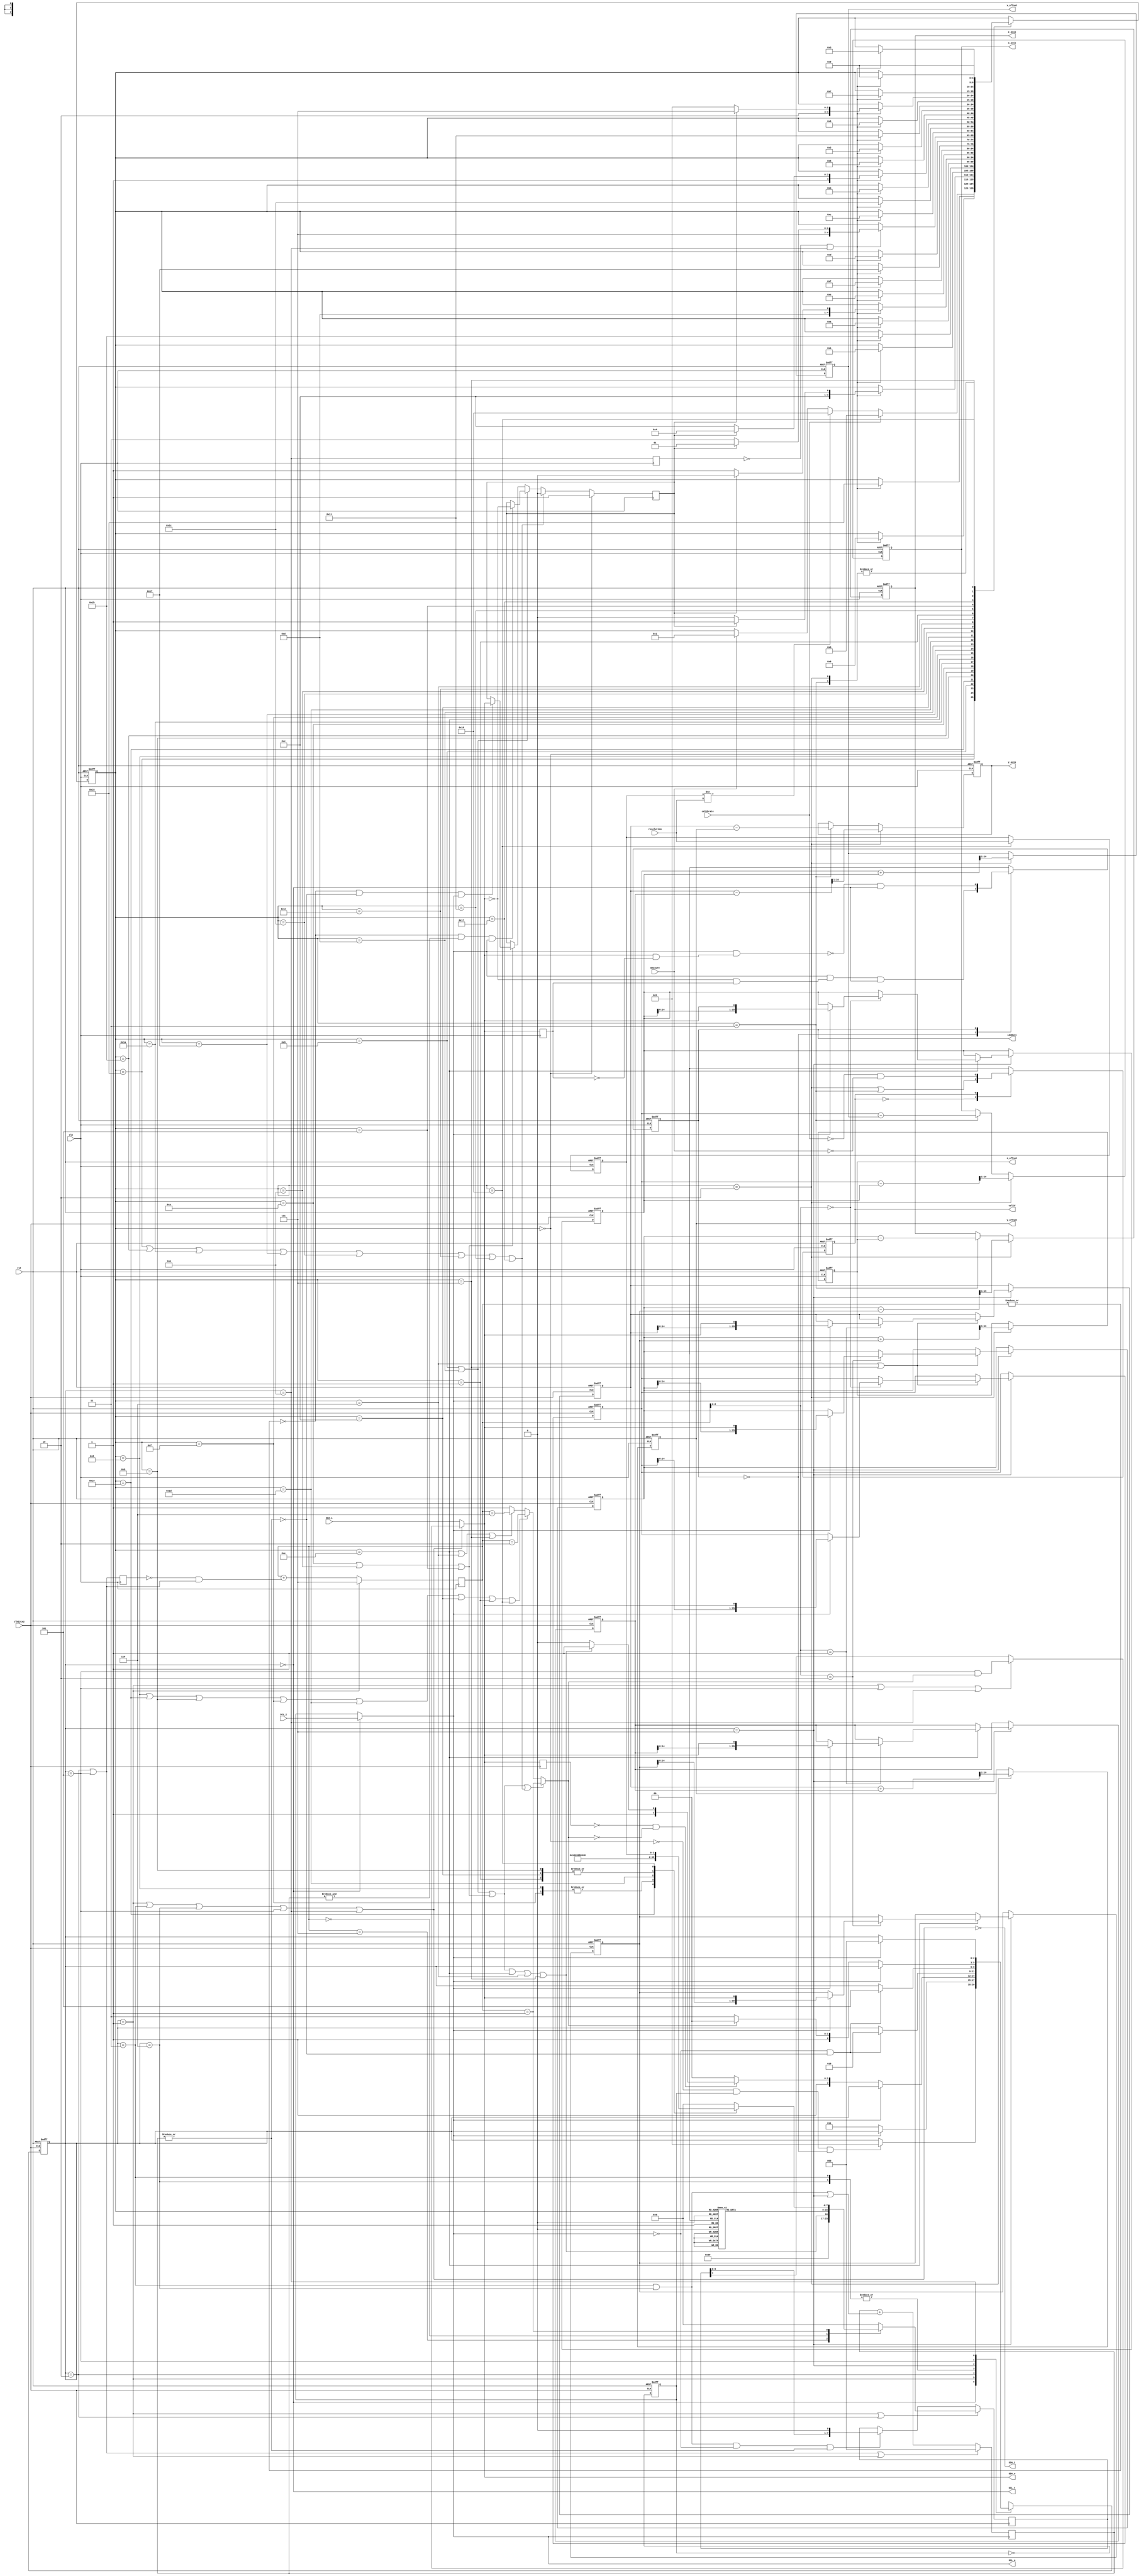
/* ------------------------------------------------ *
 * Title       : Pmod CMPS2 interface v1.0          *
 * Project     : Pmod Collection                    *
 * ------------------------------------------------ *
 * Last Edit   : 05/12/2021                         *
 * Licence     : CERN-OHL-W                         *
 * ------------------------------------------------ *
 * Description : Simple interface to communicate    *
 *               with Pmod CMPS2                    *
 * ------------------------------------------------ */

module cmps2(
  input clk,
  input rst,
  input clkI2Cx2, //!max 800 kHz
  //I2C pins
  input  SCL_i,
  output SCL_o,
  output SCL_t,
  input  SDA_i,
  output SDA_o,
  output SDA_t,
  //Measurement results
  output reg [15:0] x_axis,
  output reg [15:0] y_axis,
  output reg [15:0] z_axis,
  //Configs
  input [1:0] resolution,
  output reg [15:0] x_offset,
  output reg [15:0] y_offset,
  output reg [15:0] z_offset,
  //Control
  input calibrate,
  input measure,
  //Status
  output reg i2cBusy,
  output reg valid);
  localparam i2c_ADDRESS = 7'b0110000;
  //Important register addresses
  localparam DATA_REG = 8'h0, //to 8'h5
           STATUS_REG = 8'h6,
         CONTROL0_REG = 8'h7,
         CONTROL1_REG = 8'h8;
  //Register contents for control reg 0
  localparam cntr0_SET = 8'b0010_0000,
           cntr0_RESET = 8'b0100_0000,
          cntr0_REFILL = 8'b1000_0000,
         cntr0_MEASURE = 8'b0000_0001;
  //States 
  localparam  STANDBY = 5'b00000, //0x0
        //Calibrate + get new measurements
          //Get mesurement in reset state
          RSET_REFILL = 5'b01000, //0x8, write to cntr0
         RSET_A_STAT0 = 5'b11000, //0x18, addrs to stat
            RSET_WAIT = 5'b01001, //0x9, poll status
                 RSET = 5'b11001, //0x19, write to cntr0
            RSET_MEAS = 5'b01011, //0xB, write to cntr0
         RSET_A_STAT1 = 5'b11011, //0x1B, addrs to stat
            RSET_POLL = 5'b01010, //0xA, poll status
          RSET_A_DATA = 5'b11010, //0x1A, addrs to data
            RSET_READ = 5'b01110, //0xE, read data
          //Get mesurement in set state
           SET_REFILL = 5'b01111, //0xF, write to cntr0
          SET_A_STAT0 = 5'b11111, //0x1F, addrs to stat
             SET_WAIT = 5'b01101, //0xD, poll status
                  SET = 5'b11101, //0x1D, write to cntr0
             SET_MEAS = 5'b01100, //0xC, write to cntr0
          SET_A_STAT1 = 5'b11100, //0x1C, addrs to stat
             SET_POLL = 5'b00100, //0x4, poll status
           SET_A_DATA = 5'b10100, //0x14, addrs to data
             SET_READ = 5'b00110, //0x6, read data
            //Calculate offset and data
            CALIBRATE = 5'b00010, //0x2, no i2c
        //get new measurements using already calculated offset
              MEASURE = 5'b00001, //0x1, write to cntr0
              STAT_AD = 5'b10001, //0x11, addrs to stat
                 POLL = 5'b00101, //0x5, poll status
              DATA_AD = 5'b10111, //0x17, addrs to data
                 READ = 5'b00111, //0x7, read data
            CALCULATE = 5'b00011, //0x3, no i2c
            CH_RESLTN = 5'b10000; //0x10, write to cntr1
  reg [4:0] state;
  wire inI2Cstate;
  wire inStandby, inRRefill, inRAddrS0, inRWait, inRSet, inRMeasure, inRAddrS1, inRPoll, inRAddrData, inRRead, inSResfill, inSAddrS0, inSWait, inSet, inSMeasure, inSPoll, inSRead, inCalibrate, inMeasure, inAddrStat, inPoll, inAddrData, inRead, inCalculate, inChRes;
  wire ptr_write_state, poll_state, reg_write_state, data_read_state, poll_pump, poll_result;
  //I2C States
  localparam I2C_READY = 3'b000,
             I2C_START = 3'b001,
             I2C_ADDRS = 3'b011,
             I2C_WRITE = 3'b110,
         I2C_WRITE_ACK = 3'b010,
              I2C_READ = 3'b111,
          I2C_READ_ACK = 3'b101,
              I2C_STOP = 3'b100;
  //I2C state & I2C state control
  reg [2:0] I2C_state;
  wire I2C_done;
  wire I2CinReady, I2CinStart, I2CinAddrs, I2CinWrite, I2CinWriteAck, I2CinRead, I2CinReadAck, I2CinStop, I2CinAck;
  reg I2CinAck_d, I2CinStop_d, SDA_d_i2c;
  wire read_nwrite;
  //Delay I2C signals, finding edges and conditions
  reg SDA_d;
  wire startCondition, stopCondition; //I2C conditions
  wire SDA_negedge, SDA_posedge;
  //I2C send buffer
  reg [7:0] send_buffer, send_buffer_write;
  wire send_upload, send_shift; 
  //Transmisson counters
  reg [2:0] byteCounter;
  reg [2:0] bitCounter;
  reg byteCountDone;
  wire bitCountDone;
  wire byteCountUp;
  //Generate I2C signals with tri-state
  wire SDA, SCL;
  reg SCLK; //Internal I2C clock, always thicks
  wire SCL_claim;
  wire SDA_claim;
  wire SDA_write;
  //Measurement results in modes
  reg [15:0] x_set, x_reset;
  reg [15:0] y_set, y_reset;
  reg [15:0] z_set, z_reset;
  //Middle calculations
  wire [16:0] x_offset_x2, y_offset_x2, z_offset_x2;
  wire [16:0] x_axis_x2, y_axis_x2, z_axis_x2;
  //Flags
  reg sensor_ready;
  wire ch_res;
  reg [1:0] res;

  //Control signals/flags
  assign I2C_done = ~I2CinStop_d & I2CinStop;
  assign read_nwrite = poll_state | inRRead | inSRead | inRead;
  assign inI2Cstate = ~inStandby;
  assign ch_res = (res != resolution);
  always@(posedge clk) begin
    if(inStandby)
      sensor_ready <= 1'b1;
    else if(ptr_write_state)
      sensor_ready <= 1'b0;
    else if(poll_pump)
      sensor_ready <= (~|byteCounter & &bitCounter & SCL) ? ~SDA : sensor_ready;
    else if(poll_result)
      sensor_ready <= (~|byteCounter & bitCountDone & SCL) ? SDA : sensor_ready;
  end
  always@(posedge clk or posedge rst)
    if(rst) begin
      valid <= 1'b0;
    end else begin
      case(valid)
        1'b0: valid <= inCalibrate | inCalculate;
        1'b1: valid <= ~calibrate & ~measure;
      endcase
    end

  //Decode States
  assign inStandby   = (state == STANDBY);
  assign inRRefill   = (state == RSET_REFILL);
  assign inRAddrS0   = (state == RSET_A_STAT0);
  assign inRWait     = (state == RSET_WAIT);
  assign inRSet      = (state == RSET);
  assign inRMeasure  = (state == RSET_MEAS);
  assign inRAddrS1   = (state == RSET_A_STAT1);
  assign inRPoll     = (state == RSET_POLL);
  assign inRAddrData = (state == RSET_A_DATA);
  assign inRRead     = (state == RSET_READ);
  assign inSResfill  = (state == SET_REFILL);
  assign inSAddrS0   = (state == SET_A_STAT0);
  assign inSWait     = (state == SET_WAIT);
  assign inSet       = (state == SET);
  assign inSMeasure  = (state == SET_MEAS);
  assign inSAddrS1   = (state == SET_A_STAT1);
  assign inSPoll     = (state == SET_POLL);
  assign inSAddrData = (state == SET_A_DATA);
  assign inSRead     = (state == SET_READ);
  assign inCalibrate = (state == CALIBRATE);
  assign inMeasure   = (state == MEASURE);
  assign inAddrStat  = (state == STAT_AD);
  assign inPoll      = (state == POLL);
  assign inAddrData  = (state == DATA_AD);
  assign inRead      = (state == READ);
  assign inCalculate = (state == CALCULATE);
  assign inChRes     = (state == CH_RESLTN);

  //State derived signals
  assign ptr_write_state = inRAddrS0 | inRAddrS1 | inRAddrData | inSAddrS0 | inSAddrS1 | inSAddrData | inAddrStat | inAddrData;
  assign poll_state = poll_pump | poll_result;
  assign poll_result = inRPoll | inSPoll | inPoll;
  assign poll_pump = inRWait |  inSWait;
  assign reg_write_state = inRRefill | inRSet | inRMeasure | inSResfill | inSet | inSMeasure | inMeasure | inChRes;
  assign data_read_state = inRRead | inSRead | inRead;

  //Decode I2C state
  assign     I2CinRead = (I2C_state == I2C_READ);
  assign     I2CinStop = (I2C_state == I2C_STOP);
  assign    I2CinReady = (I2C_state == I2C_READY);
  assign    I2CinStart = (I2C_state == I2C_START);
  assign    I2CinAddrs = (I2C_state == I2C_ADDRS);
  assign    I2CinWrite = (I2C_state == I2C_WRITE);
  assign  I2CinReadAck = (I2C_state == I2C_READ_ACK);
  assign I2CinWriteAck = (I2C_state == I2C_WRITE_ACK);
  assign      I2CinAck = I2CinWriteAck | I2CinReadAck;

  //Tri-state control for I2C lines
  assign SCL = (SCL_claim) ?    SCLK   : SCL_i;
  assign SDA = (SDA_claim) ? SDA_write : SDA_i;
  assign SCL_o = SCL;
  assign SDA_o = SDA;
  assign SCL_claim = ~I2CinReady;
  assign SDA_claim = I2CinStart | I2CinAddrs | I2CinWrite | I2CinReadAck | I2CinStop;
  assign SDA_write = (I2CinStart | I2CinReadAck | I2CinStop) ? (I2CinReadAck & byteCountDone) : send_buffer[7];
  assign SCL_t = ~SCL_claim;
  assign SDA_t = ~SDA_claim;

  //Calculate offset
  assign x_offset_x2 = {1'b0,x_set} + {1'b0,x_reset};
  assign y_offset_x2 = {1'b0,y_set} + {1'b0,y_reset};
  assign z_offset_x2 = {1'b0,z_set} + {1'b0,z_reset};
  always@(posedge clk or posedge rst) begin
    if(rst) begin
      x_offset <= 16'h0;
      y_offset <= 16'h0;
      z_offset <= 16'h0;
    end else begin
      x_offset <= (inCalibrate) ? x_offset_x2[16:1] : x_offset;
      y_offset <= (inCalibrate) ? y_offset_x2[16:1] : y_offset;
      z_offset <= (inCalibrate) ? z_offset_x2[16:1] : z_offset;
    end
  end
  
  //Calculate measurement results
  assign x_axis_x2 = {1'b0,x_set} - {1'b0,x_reset};
  assign y_axis_x2 = {1'b0,y_set} - {1'b0,y_reset};
  assign z_axis_x2 = {1'b0,z_set} - {1'b0,z_reset};
  always@(posedge clk or posedge rst) begin
    if(rst) begin
      x_axis <= 16'h0;
      y_axis <= 16'h0;
      z_axis <= 16'h0;
    end else begin
      if(inCalibrate) begin
        x_axis <= x_axis_x2[16:1];
        y_axis <= y_axis_x2[16:1];
        z_axis <= z_axis_x2[16:1];
      end else if(inCalculate) begin
        x_axis <= x_set - x_offset;
        y_axis <= y_set - y_offset;
        z_axis <= z_set - z_offset;
      end else begin
        x_axis <= x_axis;
        y_axis <= y_axis;
        z_axis <= z_axis;
      end
    end
  end

  //State transactions
  always@(posedge clk or posedge rst)
    if(rst)
      state <= STANDBY;
    else case(state)
      STANDBY:
        begin
          if(calibrate)
            state <= RSET_REFILL;
          else if(ch_res)
            state <= CH_RESLTN;
          else if(measure)
            state <= MEASURE;
        end
      //Calibration mode, also updates measurement values
      //Reset measurement
      RSET_REFILL: //Write to Internal Control reg 0
        state <= (I2C_done) ? RSET_A_STAT0 : state;
      RSET_A_STAT0:
        state <= (I2C_done) ? RSET_WAIT : state;
      RSET_WAIT: 
        state <= (I2C_done) ? ((sensor_ready) ? RSET : RSET_A_STAT0) : state;
      RSET:
        state <= (I2C_done) ? RSET_MEAS : state;
      RSET_MEAS: 
        state <= (I2C_done) ? RSET_A_STAT1 : state;
      RSET_A_STAT1: 
        state <= (I2C_done) ? RSET_POLL : state;
      RSET_POLL: 
        state <= (I2C_done) ? ((sensor_ready) ? RSET_A_DATA : RSET_A_STAT1) : state;
      RSET_A_DATA: 
        state <= (I2C_done) ? RSET_READ : state;
      RSET_READ: 
        state <= (I2C_done) ? SET_REFILL : state;
      //Set measurement
      SET_REFILL: 
        state <= (I2C_done) ? SET_A_STAT0 : state;
      SET_A_STAT0: 
        state <= (I2C_done) ? SET_WAIT : state;
      SET_WAIT: 
        state <= (I2C_done) ? ((sensor_ready) ? SET : SET_A_STAT0) : state;
      SET: 
        state <= (I2C_done) ? SET_MEAS : state;
      SET_MEAS: 
        state <= (I2C_done) ? SET_A_STAT1 : state;
      SET_A_STAT1: 
        state <= (I2C_done) ? SET_POLL : state;
      SET_POLL: 
        state <= (I2C_done) ? ((sensor_ready) ? SET_A_DATA : SET_A_STAT1) : state;
      SET_A_DATA: 
        state <= (I2C_done) ? SET_READ : state;
      SET_READ: 
        state <= (I2C_done) ? CALIBRATE : state;
      //Calculate all
      CALIBRATE: 
        state <= STANDBY;
      //Normal measurement mode
      MEASURE: 
        state <= (I2C_done) ? STAT_AD : state;
      STAT_AD: 
        state <= (I2C_done) ? POLL : state;
      POLL: 
        state <= (I2C_done) ? ((sensor_ready) ? DATA_AD : STAT_AD) : state;
      DATA_AD: 
        state <= (I2C_done) ? READ : state;
      READ: 
        state <= (I2C_done) ? CALCULATE : state;
      CALCULATE: 
        state <= STANDBY;
      //Change resolution
      CH_RESLTN:
        state <= (I2C_done) ? STANDBY : state;
    endcase

  //I2C state transactions
  always@(negedge clkI2Cx2 or posedge rst)
    if(rst)
        I2C_state <= I2C_READY;
    else case(I2C_state)
      I2C_READY: 
        I2C_state <= (inI2Cstate & SCLK & ~i2cBusy) ? I2C_START : I2C_state;
      I2C_START: 
        I2C_state <= (~SCL) ? I2C_ADDRS : I2C_state;
      I2C_ADDRS: 
        I2C_state <= (~SCL & bitCountDone) ? I2C_WRITE_ACK : I2C_state;
      I2C_WRITE_ACK: 
        I2C_state <= (~SCL) ? ((~SDA_d_i2c & ~byteCountDone) ? ((~read_nwrite) ? I2C_WRITE : I2C_READ): I2C_STOP) : I2C_state;
      I2C_WRITE: 
        I2C_state <= (~SCL & bitCountDone) ? I2C_WRITE_ACK : I2C_state;
      I2C_READ: 
        I2C_state <= (~SCL & bitCountDone) ? I2C_READ_ACK : I2C_state;
      I2C_READ_ACK: 
        I2C_state <= (~SCL) ? ((byteCountDone) ? I2C_STOP : I2C_READ) : I2C_state;
      I2C_STOP: 
        I2C_state <= (SCL) ? I2C_READY : I2C_state;
    endcase
  
  //Raw data from sensor
  always@(negedge clkI2Cx2 or posedge rst) begin
    if(rst) begin
      x_set <= 16'h0;
      x_reset <= 16'h0;
      y_set <= 16'h0;
      y_reset <= 16'h0;
      z_set <= 16'h0;
      z_reset <= 16'h0;
    end else begin
      if(I2CinRead) begin
        if(inRRead) //Reset measurements
          case(byteCounter[2:1])
            2'd0: x_reset <= (SCL) ? {x_reset[14:0], SDA} : x_reset;
            2'd1: y_reset <= (SCL) ? {y_reset[14:0], SDA} : y_reset;
            2'd2: z_reset <= (SCL) ? {z_reset[14:0], SDA} : z_reset;
          endcase
        if(inSRead | inRead) //Set measurements
          case(byteCounter[2:1])
            2'd0: x_set <= (SCL) ? {x_set[14:0], SDA} : x_set;
            2'd1: y_set <= (SCL) ? {y_set[14:0], SDA} : y_set;
            2'd2: z_set <= (SCL) ? {z_set[14:0], SDA} : z_set;
          endcase  
      end 
    end
  end
  
  //Delays
  always@(posedge clk) begin
    SDA_d <= SDA;
    I2CinAck_d <= I2CinAck;
    I2CinStop_d <= I2CinStop;
  end
  always@(negedge clkI2Cx2) begin
    SDA_d_i2c <= SDA;
  end

  //Buffer control
  assign send_upload = I2CinStart | I2CinWriteAck;
  assign send_shift = I2CinAddrs | I2CinWrite;
  always@(negedge clkI2Cx2) begin
    if(send_upload)
      send_buffer <= send_buffer_write;
    else if(send_shift & ~SCL & |bitCounter)
      send_buffer <= {send_buffer << 1};
  end
  always@* //Buffer write
    case(byteCounter)
      3'b111: send_buffer_write = {i2c_ADDRESS, read_nwrite};
      3'd0: //Register address
        case(state)
          //Calib reset
          RSET_REFILL: send_buffer_write = CONTROL0_REG;
          RSET_A_STAT0: send_buffer_write = STATUS_REG;
          RSET: send_buffer_write = CONTROL0_REG;
          RSET_MEAS: send_buffer_write = CONTROL0_REG;
          RSET_A_STAT1: send_buffer_write = STATUS_REG;
          RSET_A_DATA: send_buffer_write = DATA_REG;
          //Calib set
          SET_REFILL: send_buffer_write = CONTROL0_REG;
          SET_A_STAT0: send_buffer_write = STATUS_REG;
          SET: send_buffer_write = CONTROL0_REG;
          SET_MEAS: send_buffer_write = CONTROL0_REG;
          SET_A_STAT1: send_buffer_write = STATUS_REG;
          SET_A_DATA: send_buffer_write = DATA_REG;
          //Normal meas
          MEASURE: send_buffer_write = CONTROL0_REG;
          STAT_AD: send_buffer_write = STATUS_REG;
          DATA_AD: send_buffer_write = DATA_REG;
          //ch res
          CH_RESLTN: send_buffer_write = CONTROL1_REG;
          default: send_buffer_write = 8'h0;
        endcase
      3'd1: //Register content
        case(state)
          //Calib reset
          RSET_REFILL: send_buffer_write = cntr0_REFILL;
          RSET: send_buffer_write = cntr0_RESET;
          RSET_MEAS: send_buffer_write = cntr0_MEASURE;
          //Calib set
          SET_REFILL: send_buffer_write = cntr0_REFILL;
          SET: send_buffer_write = cntr0_SET;
          SET_MEAS: send_buffer_write = cntr0_MEASURE;
          //Normal meas
          MEASURE: send_buffer_write = cntr0_MEASURE;
          //ch res
          CH_RESLTN: send_buffer_write = {6'd0, res};
          default: send_buffer_write = 8'h0;
        endcase
      default: send_buffer_write = 8'h0;
    endcase

  //Listen I2C Bus & cond. gen.
  assign    SDA_negedge  = ~SDA &  SDA_d;
  assign    SDA_posedge  =  SDA & ~SDA_d;
  assign  stopCondition  =  SCL & SDA_posedge;
  assign startCondition  =  SCL & SDA_negedge;

  //bit counter
  assign bitCountDone = ~|bitCounter;
  always@(posedge SCL) begin
    if(I2CinAck|I2CinStart)
      bitCounter <= 3'd0;
    else
      bitCounter <= bitCounter + {2'd0,(I2CinAddrs|I2CinWrite|I2CinRead)};
  end
  
  //byte counter
  assign byteCountUp = ~I2CinAck_d & I2CinAck;
  always@(posedge clk) begin
    if(I2CinStart)
      byteCounter <= 3'b111;
    else
      byteCounter <= byteCounter + {2'd0,byteCountUp};
  end
  always@* begin
    if(poll_state | ptr_write_state)
      byteCountDone = (byteCounter == 3'd1);
    else if(reg_write_state)
      byteCountDone = (byteCounter == 3'd2);
    else if(data_read_state)
      byteCountDone = (byteCounter == 3'd6);
    else
      byteCountDone = 1'b1;
  end
  
  //Store resolution config
  always@(posedge clk or posedge rst) begin
    if(rst) begin
      res <= 2'd0;
    end else begin
      res <= (inChRes) ? resolution : res;
    end
  end
  
  //Determine if an other master is using the bus
  always@(posedge clk or posedge rst) begin
    if(rst)
      i2cBusy <= 1'b0;
    else case(i2cBusy)
      1'b0: i2cBusy <= startCondition & I2CinReady;
      1'b1: i2cBusy <= ~stopCondition & I2CinReady;
    endcase
  end
  
  //Divide clkI2Cx2 to get I2C clk
  always@(posedge clkI2Cx2 or posedge rst) begin
    if(rst)
      SCLK <= 1'b1;
    else
      SCLK <= ~SCLK;
  end
endmodule